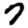
Digit: 7